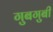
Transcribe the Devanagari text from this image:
गुबगुबी